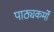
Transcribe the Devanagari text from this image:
पाठ्यकर्मों